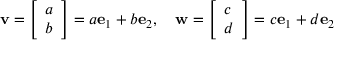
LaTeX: { \mathbf { v } } = { \left[ \begin{array} { l } { a } \\ { b } \end{array} \right] } = a { \mathbf { e } } _ { 1 } + b { \mathbf { e } } _ { 2 } , \quad { \mathbf { w } } = { \left[ \begin{array} { l } { c } \\ { d } \end{array} \right] } = c { \mathbf { e } } _ { 1 } + d { \mathbf { e } } _ { 2 }